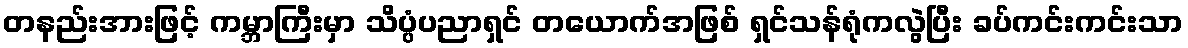
တနည်းအားဖြင့် ကမ္ဘာကြီးမှာ သိပ္ပံပညာရှင် တယောက်အဖြစ် ရှင်သန်ရုံကလွဲပြီး ခပ်ကင်းကင်းသာ